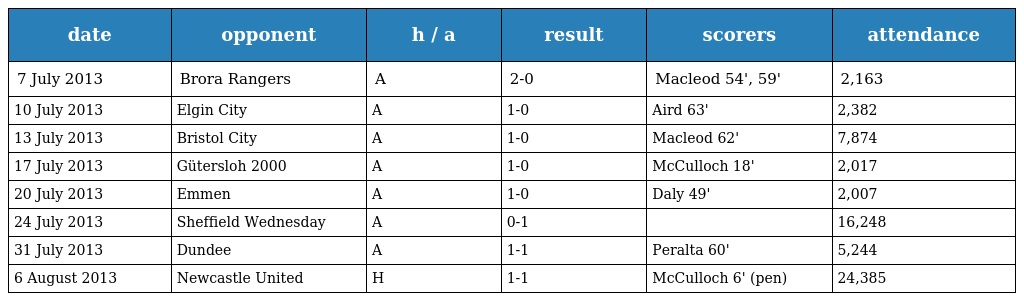
| date | opponent | h / a | result | scorers | attendance |
 | --- | --- | --- | --- | --- | --- |
 | 7 July 2013 | Brora Rangers | A | 2-0 | Macleod 54', 59' | 2,163 |
 | 10 July 2013 | Elgin City | A | 1-0 | Aird 63' | 2,382 |
 | 13 July 2013 | Bristol City | A | 1-0 | Macleod 62' | 7,874 |
 | 17 July 2013 | Gütersloh 2000 | A | 1-0 | McCulloch 18' | 2,017 |
 | 20 July 2013 | Emmen | A | 1-0 | Daly 49' | 2,007 |
 | 24 July 2013 | Sheffield Wednesday | A | 0-1 |  | 16,248 |
 | 31 July 2013 | Dundee | A | 1-1 | Peralta 60' | 5,244 |
 | 6 August 2013 | Newcastle United | H | 1-1 | McCulloch 6' (pen) | 24,385 |